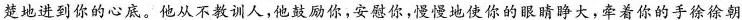
楚地进到你的心底。他从不教训人，他鼓励你，安慰你，慢慢地使你的眼睛睁大，牵着你的手徐徐朝